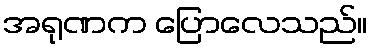
အရုဏက ပြောလေသည်။